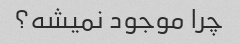
چرا موجود نمیشه؟